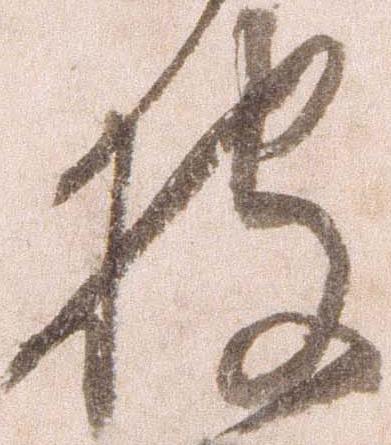
披